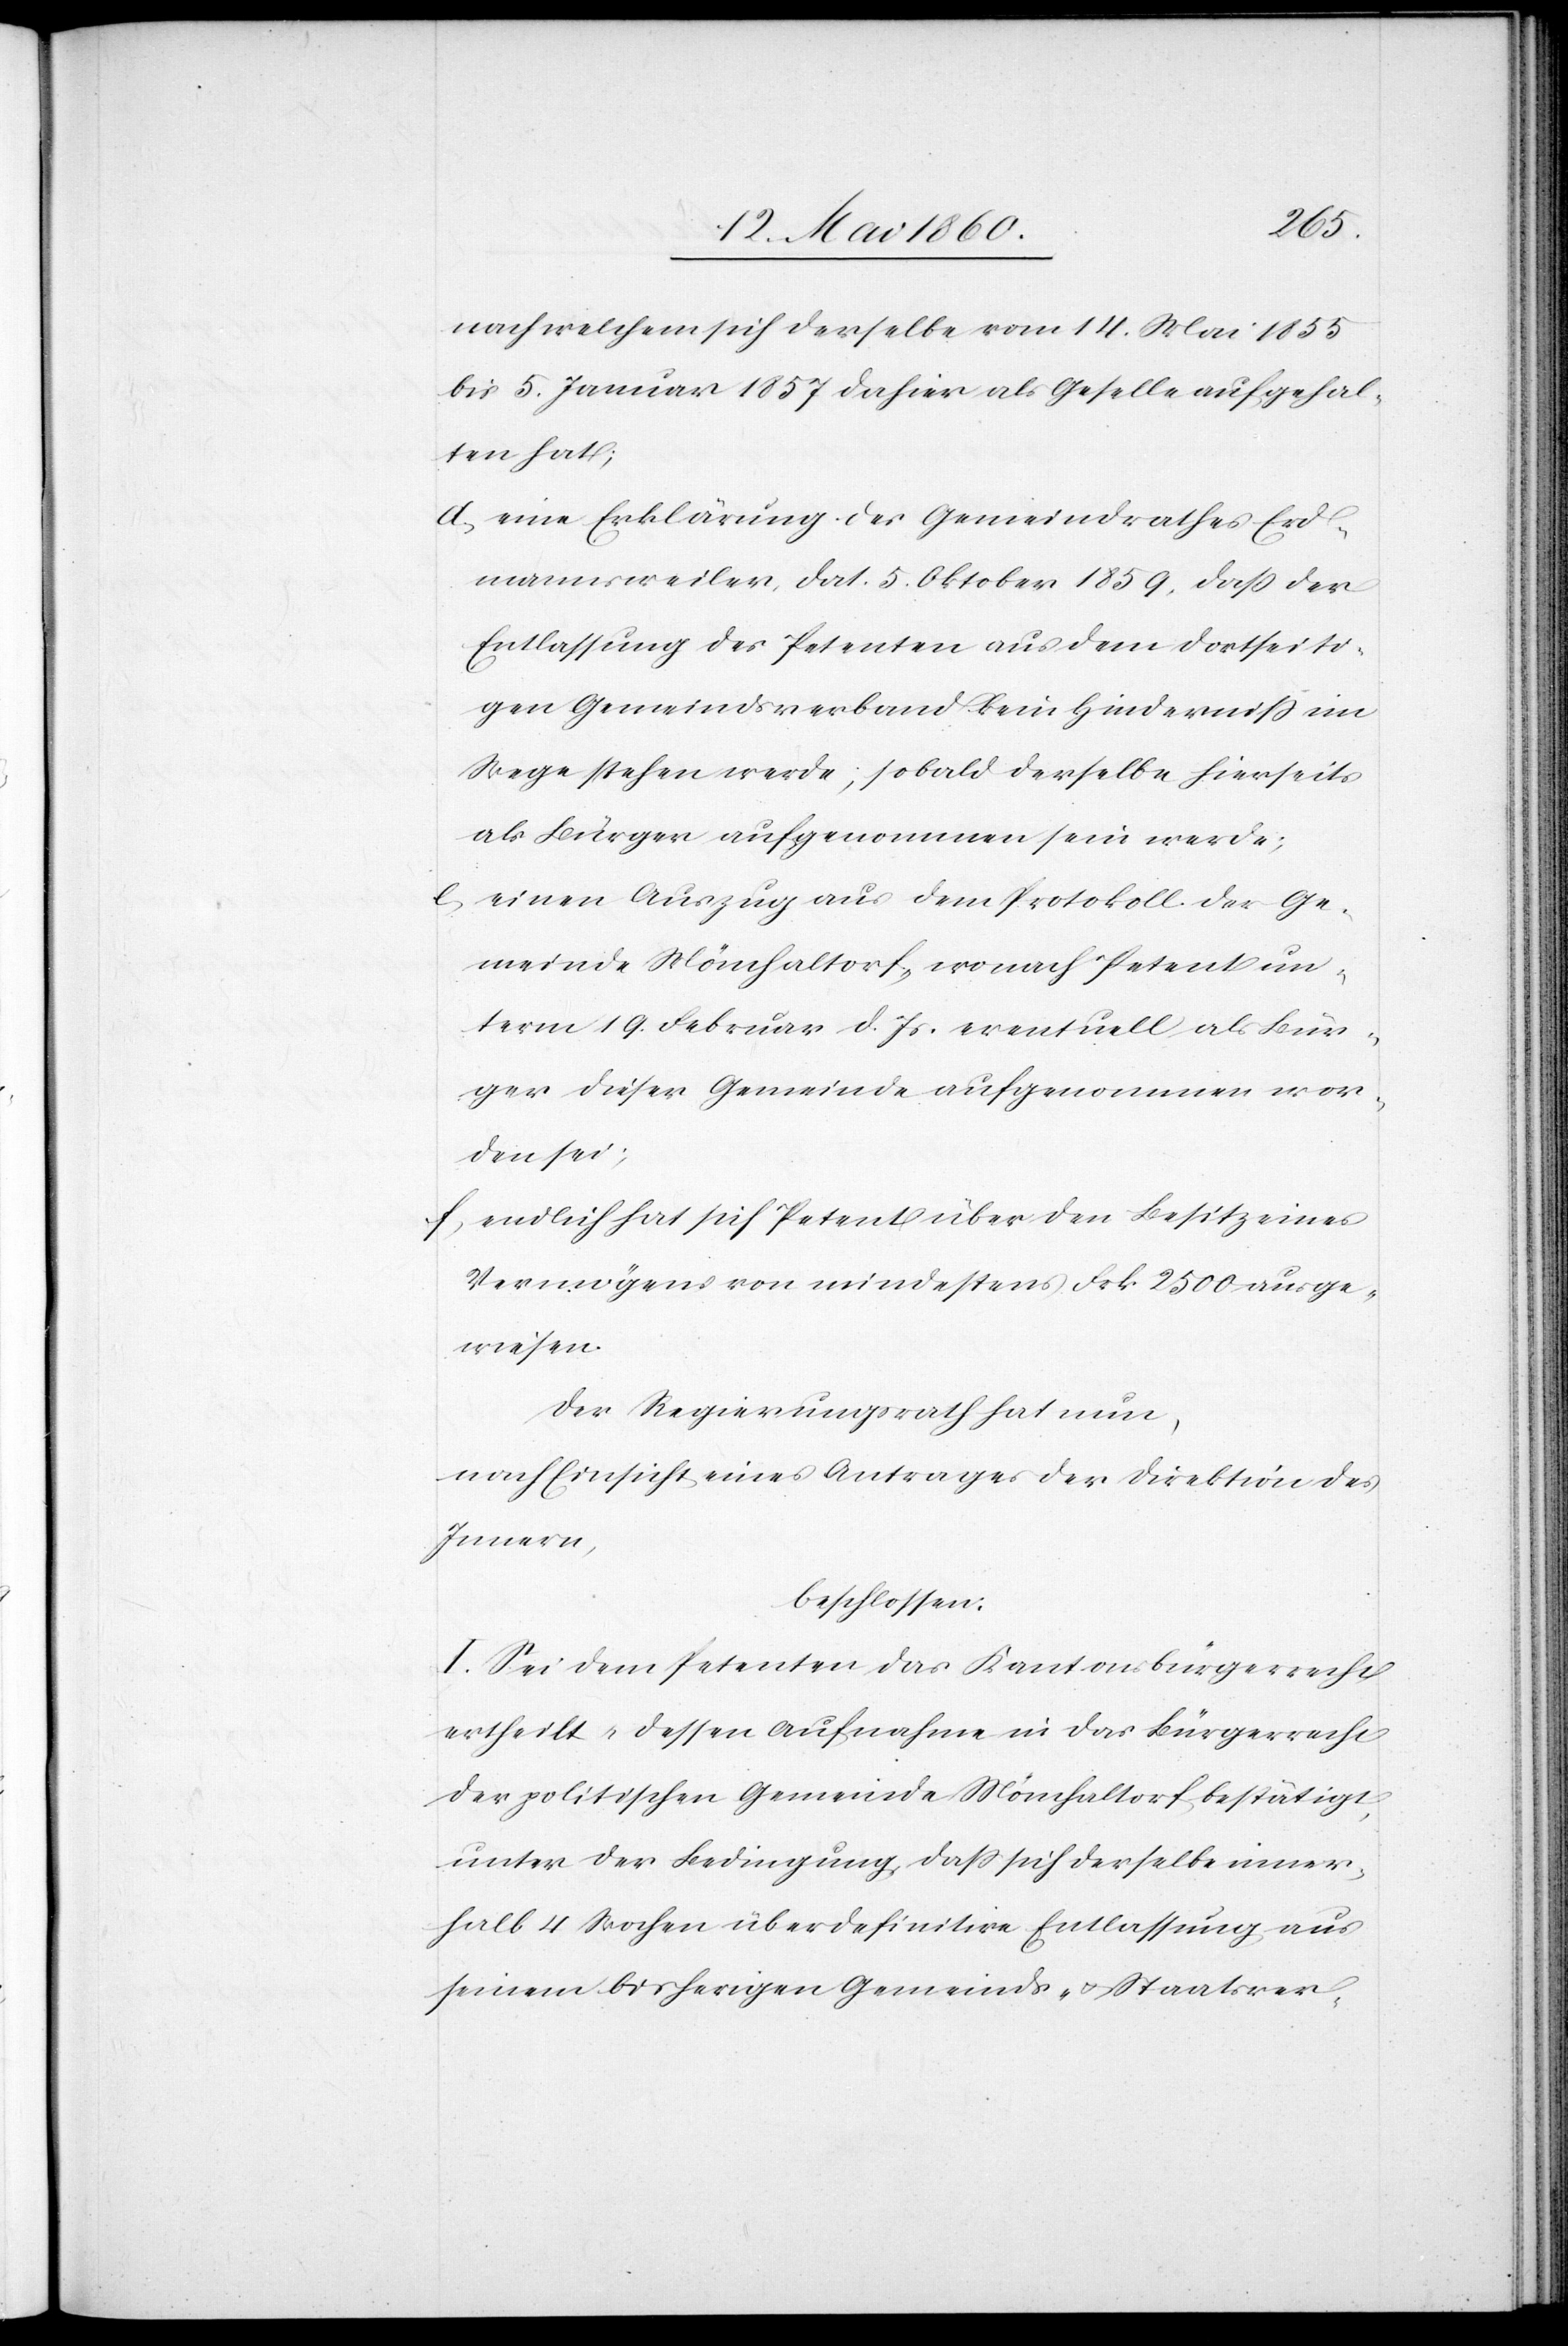
nach welchem sich derselbe vom 14. Mai 1855
bis 5. Januar 1857 dahier als Geselle aufgehal¬
ten hat,
d) eine Erklärung des Gemeindrathes Erd¬
mannsweiler, dat. 5. Oktober 1859, dass der
Entlassung des Petenten aus dem dortseiti¬
gen Gemeindsverband kein Hinderniss im
Wege stehen werde, sobald derselbe hierseits
als Bürger aufgenommen sein werde.
e) Ein Auszug aus dem Protokoll der Ge¬
meinde Mönchaltorf, wonach Petent un¬
term 19. Februar d. Js. eventuell als Bür¬
ger dieser Gemeinde aufgenommen wor¬
den sei;
f) endlich hat sich Petent über den Besitz eines
Vermögens von mindestens Frk. 2500 ausge¬
wiesen.
Der Regierungsrath hat nun,
nach Einsicht eines Antrages der Direktion des
Innern,
beschlossen:
I. Sei dem Petenten das Kantonsbürgerrecht
ertheilt u. dessen Aufnahme in das Bürgerrecht
der politischen Gemeinde Mönchaltorf bestätigt,
unter der Bedingung, dass sich derselbe inner¬
halb 4 Wochen über definitive Entlassung aus
seinem bisherigen Gemeinds- u. Staatsver-